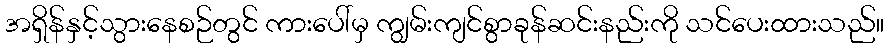
အရှိန်နှင့်သွားနေစဉ်တွင် ကားပေါ်မှ ကျွမ်းကျင်စွာခုန်ဆင်းနည်းကို သင်ပေးထားသည်။